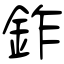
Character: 鈼